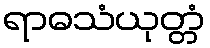
ရာဓသံယုတ္တံ